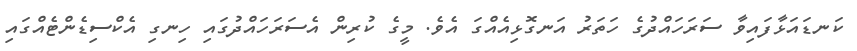
ކަނޑައަޅާފައިވާ ސަރަހައްދުގެ ހަތަރު އަނގޮޅިއެއްގަ އެވެ. މީގެ ކުރިން އެސަރަހައްދުގައި ހިނގި އެކްސިޑެންޓެއްގައި